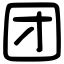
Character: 团